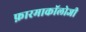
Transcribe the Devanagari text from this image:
फ़ारमाकॉलोजी